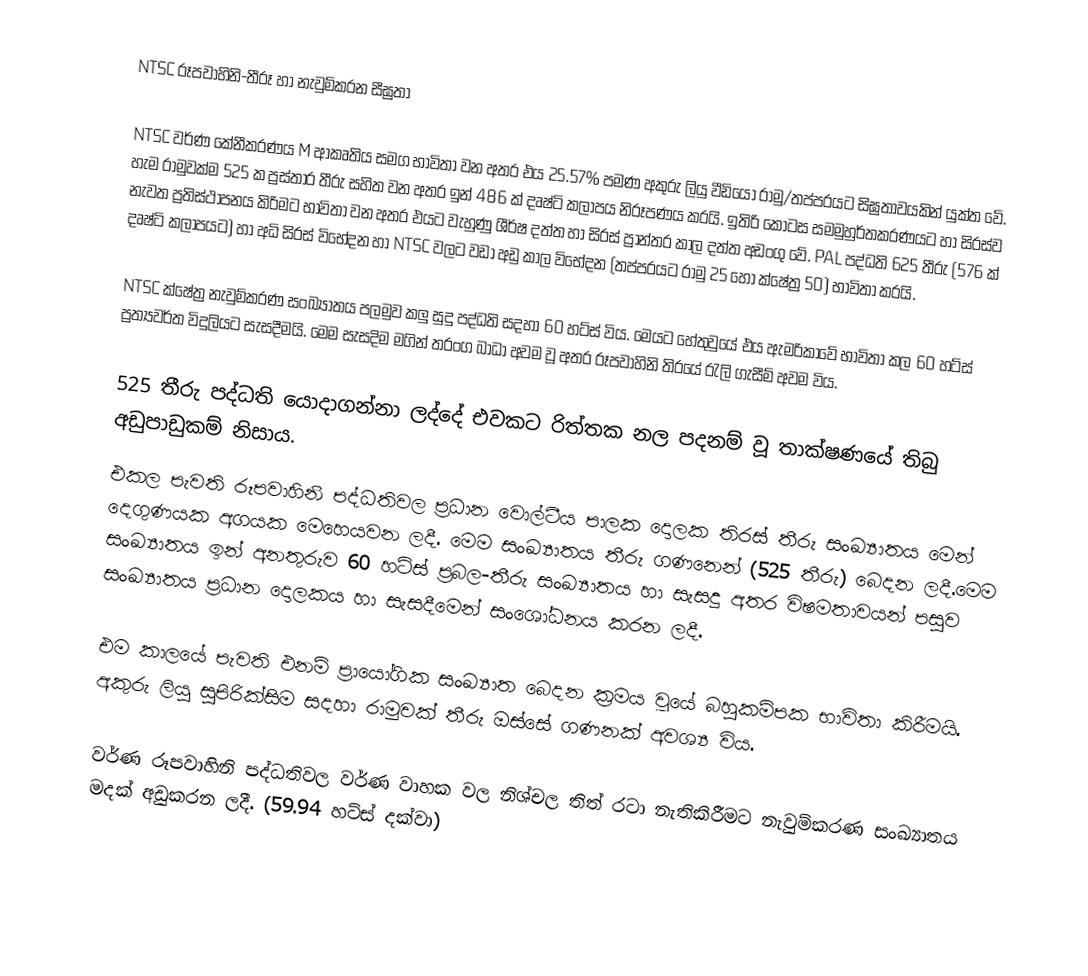
NTSC රූපවාහිනි-තීරූ හා නැවුම්කරන සීඝ්‍රතා

NTSC වර්ණ කේනීකරණය M ආකෘතිය සමග භාවිතා වන අතර එය 25.57% පමණ අකුරු ලියු වීඩියෝ රාමු/තප්පරයට සිඝ්‍රතාවයකින් යුක්ත වේ. හැම රාමුවක්ම 525 ක ප්‍රස්තාර තීරු සහිත වන අතර ඉන් 486 ක් දෘෂ්ටි කලාපය නිරූපණය කරයි. ඉතිරි කොටස සමමුහුර්තකරණයට හා සිරස්ව නැවත ප්‍රතිස්ථාපනය කිරිමට භාවිතා වන අතර එයට වැහුණු ශීර්ෂ දත්ත හා සිරස් ප්‍රාන්තර කාල දත්ත අඩංගු වේ. PAL පද්ධති 625 තීරු (576 ක් දෘෂ්ටි කලාපයට) හා අධි සිරස් විභේදන හා NTSC වලට වඩා අඩු කාල විභේදන (තප්පරයට රාමු 25 හෝ ක්ෂේත්‍ර 50) භාවිතා කරයි.

NTSC ක්ෂේත්‍ර නැවුම්කරණ සංඛ්‍යාතය පලමුව කලු සුදු පද්ධති සදහා 60 හට්ස් විය. මෙයට හේතුවුයේ එය ඇමරිකාවේ භාවිතා කල 60 හට්ස් ප්‍රත්‍යවර්ත විදුලියට සැසදීමයි. මෙම සැසදිම මගින් තරංග බාධා අවම වූ අතර රූපවාහිනි තිරයේ රැලි ගැසීම් අවම විය.

525 තීරු පද්ධති යොදාගන්නා ලද්දේ එවකට රිත්තක නල පදනම් වූ තාක්ෂණයේ තිබු අඩුපාඩුකම් නිසාය.
එකල පැවති රූපවාහිනි පද්ධතිවල ප්‍රධාන වොල්ටීය පාලක දොලක තිරස් තීරු සංඛ්‍යාතය මෙන් දෙගුණයක අගයක මෙහෙයවන ලදී.  මෙම සංඛ්‍යාතය තීරු ගණනෙන් (525 තීරු) බෙදන ලදී.මෙම සංඛ්‍යාතය ඉන් අනතුරුව 60 හට්ස් ප්‍රබල-තීරු සංඛ්‍යාතය හා සැසදු අතර විෂමතාවයන් පසුව සංඛ්‍යාතය ප්‍රධාන දොලකය හා සැසදීමෙන් සංශෝධනය කරන ලදී.

එම කාලයේ පැවති එනම් ප්‍රායෝගික සංඛ්‍යාත බෙදන ක්‍රමය වූයේ බහුකම්පක භාවිතා කිරීමයි. අකුරු ලියු සුපිරික්සිම සදහා රාමුවක් තීරු ඔස්සේ ගණනක් අවශ්‍ය විය.

වර්ණ රූපවාහිනි පද්ධතිවල වර්ණ වාහක වල නිශ්චල තිත් රටා නැතිකිරීමට නැවුම්කරණ සංඛ්‍යාතය මදක් අඩුකරන ලදී. (59.94 හට්ස් දක්වා)